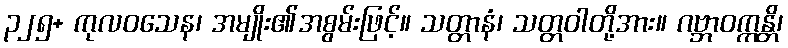
၃၂၅+ ကုလဝသေန၊ အမျိုး၏အစွမ်းဖြင့်။ သတ္တာနံ၊ သတ္တဝါတို့အား။ ဂဗ္ဘာဝက္ကန္တိ၊